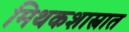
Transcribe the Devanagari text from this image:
मिथकशास्त्रात